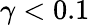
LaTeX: \gamma<0.1